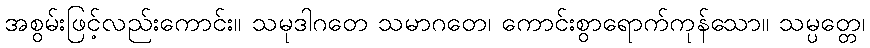
အစွမ်းဖြင့်လည်းကောင်း။ သမုဒါဂတေ သမာဂတေ၊ ကောင်းစွာရောက်ကုန်သော။ သမ္ပတ္တေ၊